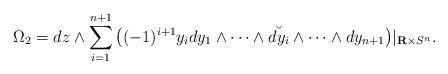
LaTeX: \begin{gather*}\Omega_2 = dz \wedge\sum_{i=1}^{n+1}\big((-1)^{i+1}y_idy_1\wedge \cdots \wedge \breve{dy_i} \wedge\cdots \wedge dy_{n+1}\big)\vert_{{\mathbf{R}}\times S^n}.\end{gather*}